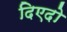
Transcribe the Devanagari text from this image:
दिएदो